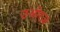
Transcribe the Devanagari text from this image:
उओरज़